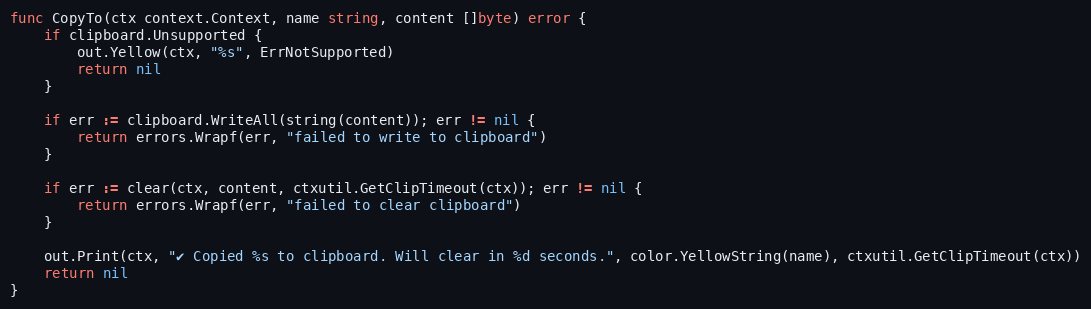
Language: Go
func CopyTo(ctx context.Context, name string, content []byte) error {
	if clipboard.Unsupported {
		out.Yellow(ctx, "%s", ErrNotSupported)
		return nil
	}

	if err := clipboard.WriteAll(string(content)); err != nil {
		return errors.Wrapf(err, "failed to write to clipboard")
	}

	if err := clear(ctx, content, ctxutil.GetClipTimeout(ctx)); err != nil {
		return errors.Wrapf(err, "failed to clear clipboard")
	}

	out.Print(ctx, "✔ Copied %s to clipboard. Will clear in %d seconds.", color.YellowString(name), ctxutil.GetClipTimeout(ctx))
	return nil
}